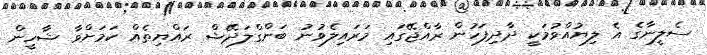
ސެލީނާގެ އެ ލިޔުއްވުމަކީ ދާދިފަހުން ރާއްޖޭގައި މަރައިލެވުނު ބަންގްލަދޭޝް ރައްޔިތެއް ކަމަށްވާ ޝާހީން